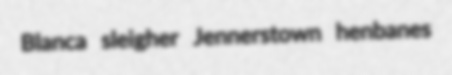
Blanca sleigher Jennerstown henbanes